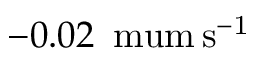
- 0 . 0 2 \mathrm { \, \ m u m \, s ^ { - 1 } }